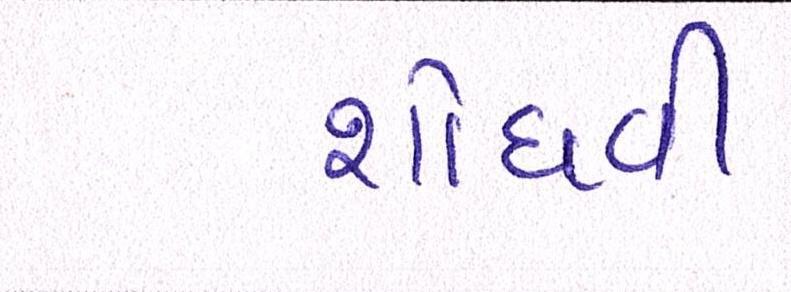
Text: શોધવી